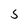
Character: 5